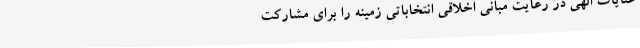
عنایات الهی در رعایت مبانی اخلاقی انتخاباتی زمینه را برای مشارکت